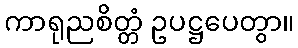
ကာရုညစိတ္တံ ဥပဋ္ဌပေတွာ။